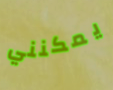
يمكنني